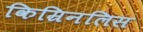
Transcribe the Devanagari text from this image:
किम्रिनलिस